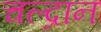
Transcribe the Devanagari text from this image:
चल्द्रान